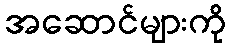
အဆောင်များကို